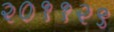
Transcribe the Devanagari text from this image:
२०११२९